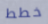
خطط